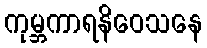
ကုမ္ဘကာရနိဝေသနေ